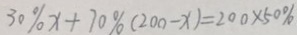
3 0 \% x + 7 0 \% ( 2 0 0 - x ) = 2 0 0 \times 5 0 \%